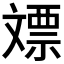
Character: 𣁡